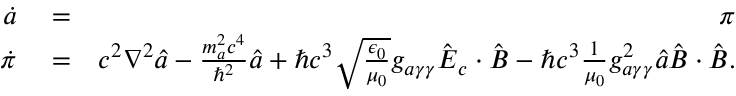
\begin{array} { r l r } { \dot { a } } & { { } = } & { \pi } \\ { \dot { \pi } } & { { } = } & { c ^ { 2 } \boldsymbol \nabla ^ { 2 } \hat { a } - \frac { m _ { a } ^ { 2 } c ^ { 4 } } { \hbar ^ { 2 } } \hat { a } + \hbar c ^ { 3 } \sqrt { \frac { \epsilon _ { 0 } } { \mu _ { 0 } } } g _ { a \gamma \gamma } \hat { \boldsymbol E } _ { c } \cdot \hat { \boldsymbol B } - \hbar c ^ { 3 } \frac { 1 } { \mu _ { 0 } } g _ { a \gamma \gamma } ^ { 2 } \hat { a } \hat { \boldsymbol B } \cdot \hat { \boldsymbol B } . } \end{array}